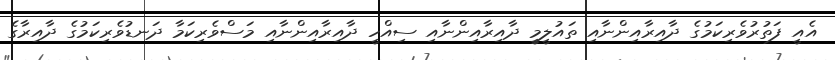
އެއީ ފަތުރުވެރިކަމުގެ ދާއިރާއިންނާއި ތައުލީމީ ދާއިރާއިންނާއި ސިއްހީ ދާއިރާއިންނާއި މަސްވެރިކަމާ ދަނޑުވެރިކަމުގެ ދާއިރާގެ